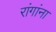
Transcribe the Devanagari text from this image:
रांगांना